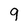
Character: 9